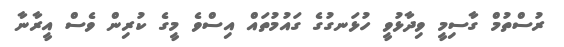
ރުސްތުމް ގާސިމީ ވިދާޅުވީ ހުޅަނގުގެ ގައުމުތައް އިސްވެ މީގެ ކުރިން ވެސް އީރާނާ